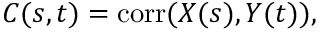
C ( s , t ) = \operatorname { c o r r } ( X ( s ) , Y ( t ) ) ,